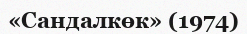
«Сандалкөк» (1974)